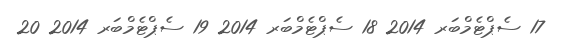
17 ސެޕްޓެމްބަރ 2014 18 ސެޕްޓެމްބަރ 2014 19 ސެޕްޓެމްބަރ 2014 20